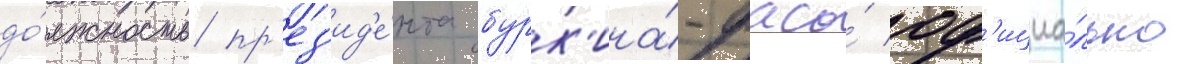
до́лжность пр'ез'ид'е́нта бурк'ина́-фасо́ оф'ициа́льно